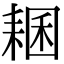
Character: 𦓾